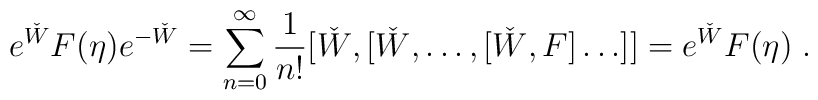
e^{\check{W}}F(\eta)e^{-\check{W}}=\sum_{n=0}^{\infty}\frac{1}{n!}[\check{W},[\check{W},\ldots,[\check{W},F]\ldots]]=e^{\check{W}}F(\eta)\;.